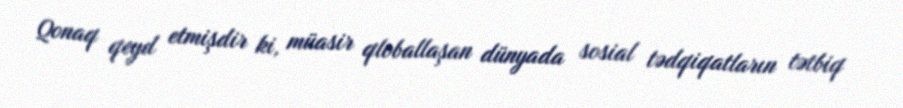
Qonaq qeyd etmişdir ki, müasir qloballaşan dünyada sosial tədqiqatların tətbiq